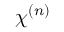
\chi ^ { ( n ) }